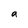
Character: a